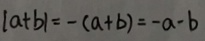
\vert a + b \vert = - ( a + b ) = - a - b